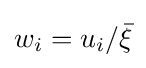
{\textstyle w_{i}=u_{i}/{\bar {\xi }}}